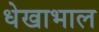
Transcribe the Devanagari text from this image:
धेखाभाल